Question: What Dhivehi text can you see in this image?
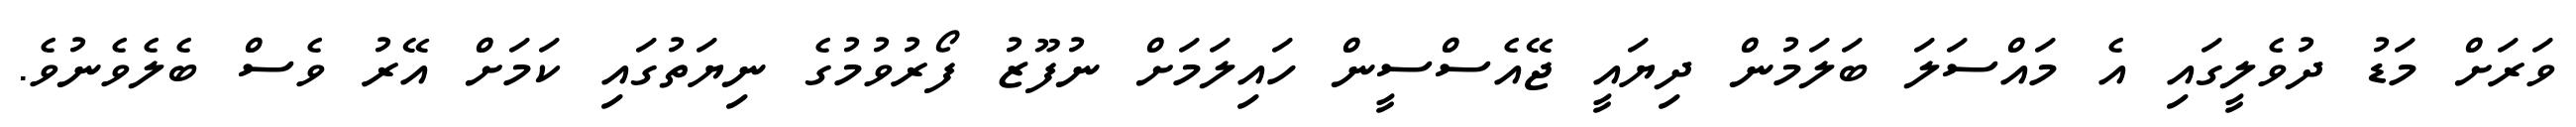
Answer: ވަރަށް މަޑު ދުވެލީގައި އެ މައްސަލަ ބަލަމުން ދިޔައީ ޖޭއެސްސީން ހައިލަމަށް ނުފޫޒު ފޯރުވުމުގެ ނިޔަތުގައި ކަމަށް އޭރު ވެސް ބެލެވެނުވެ.